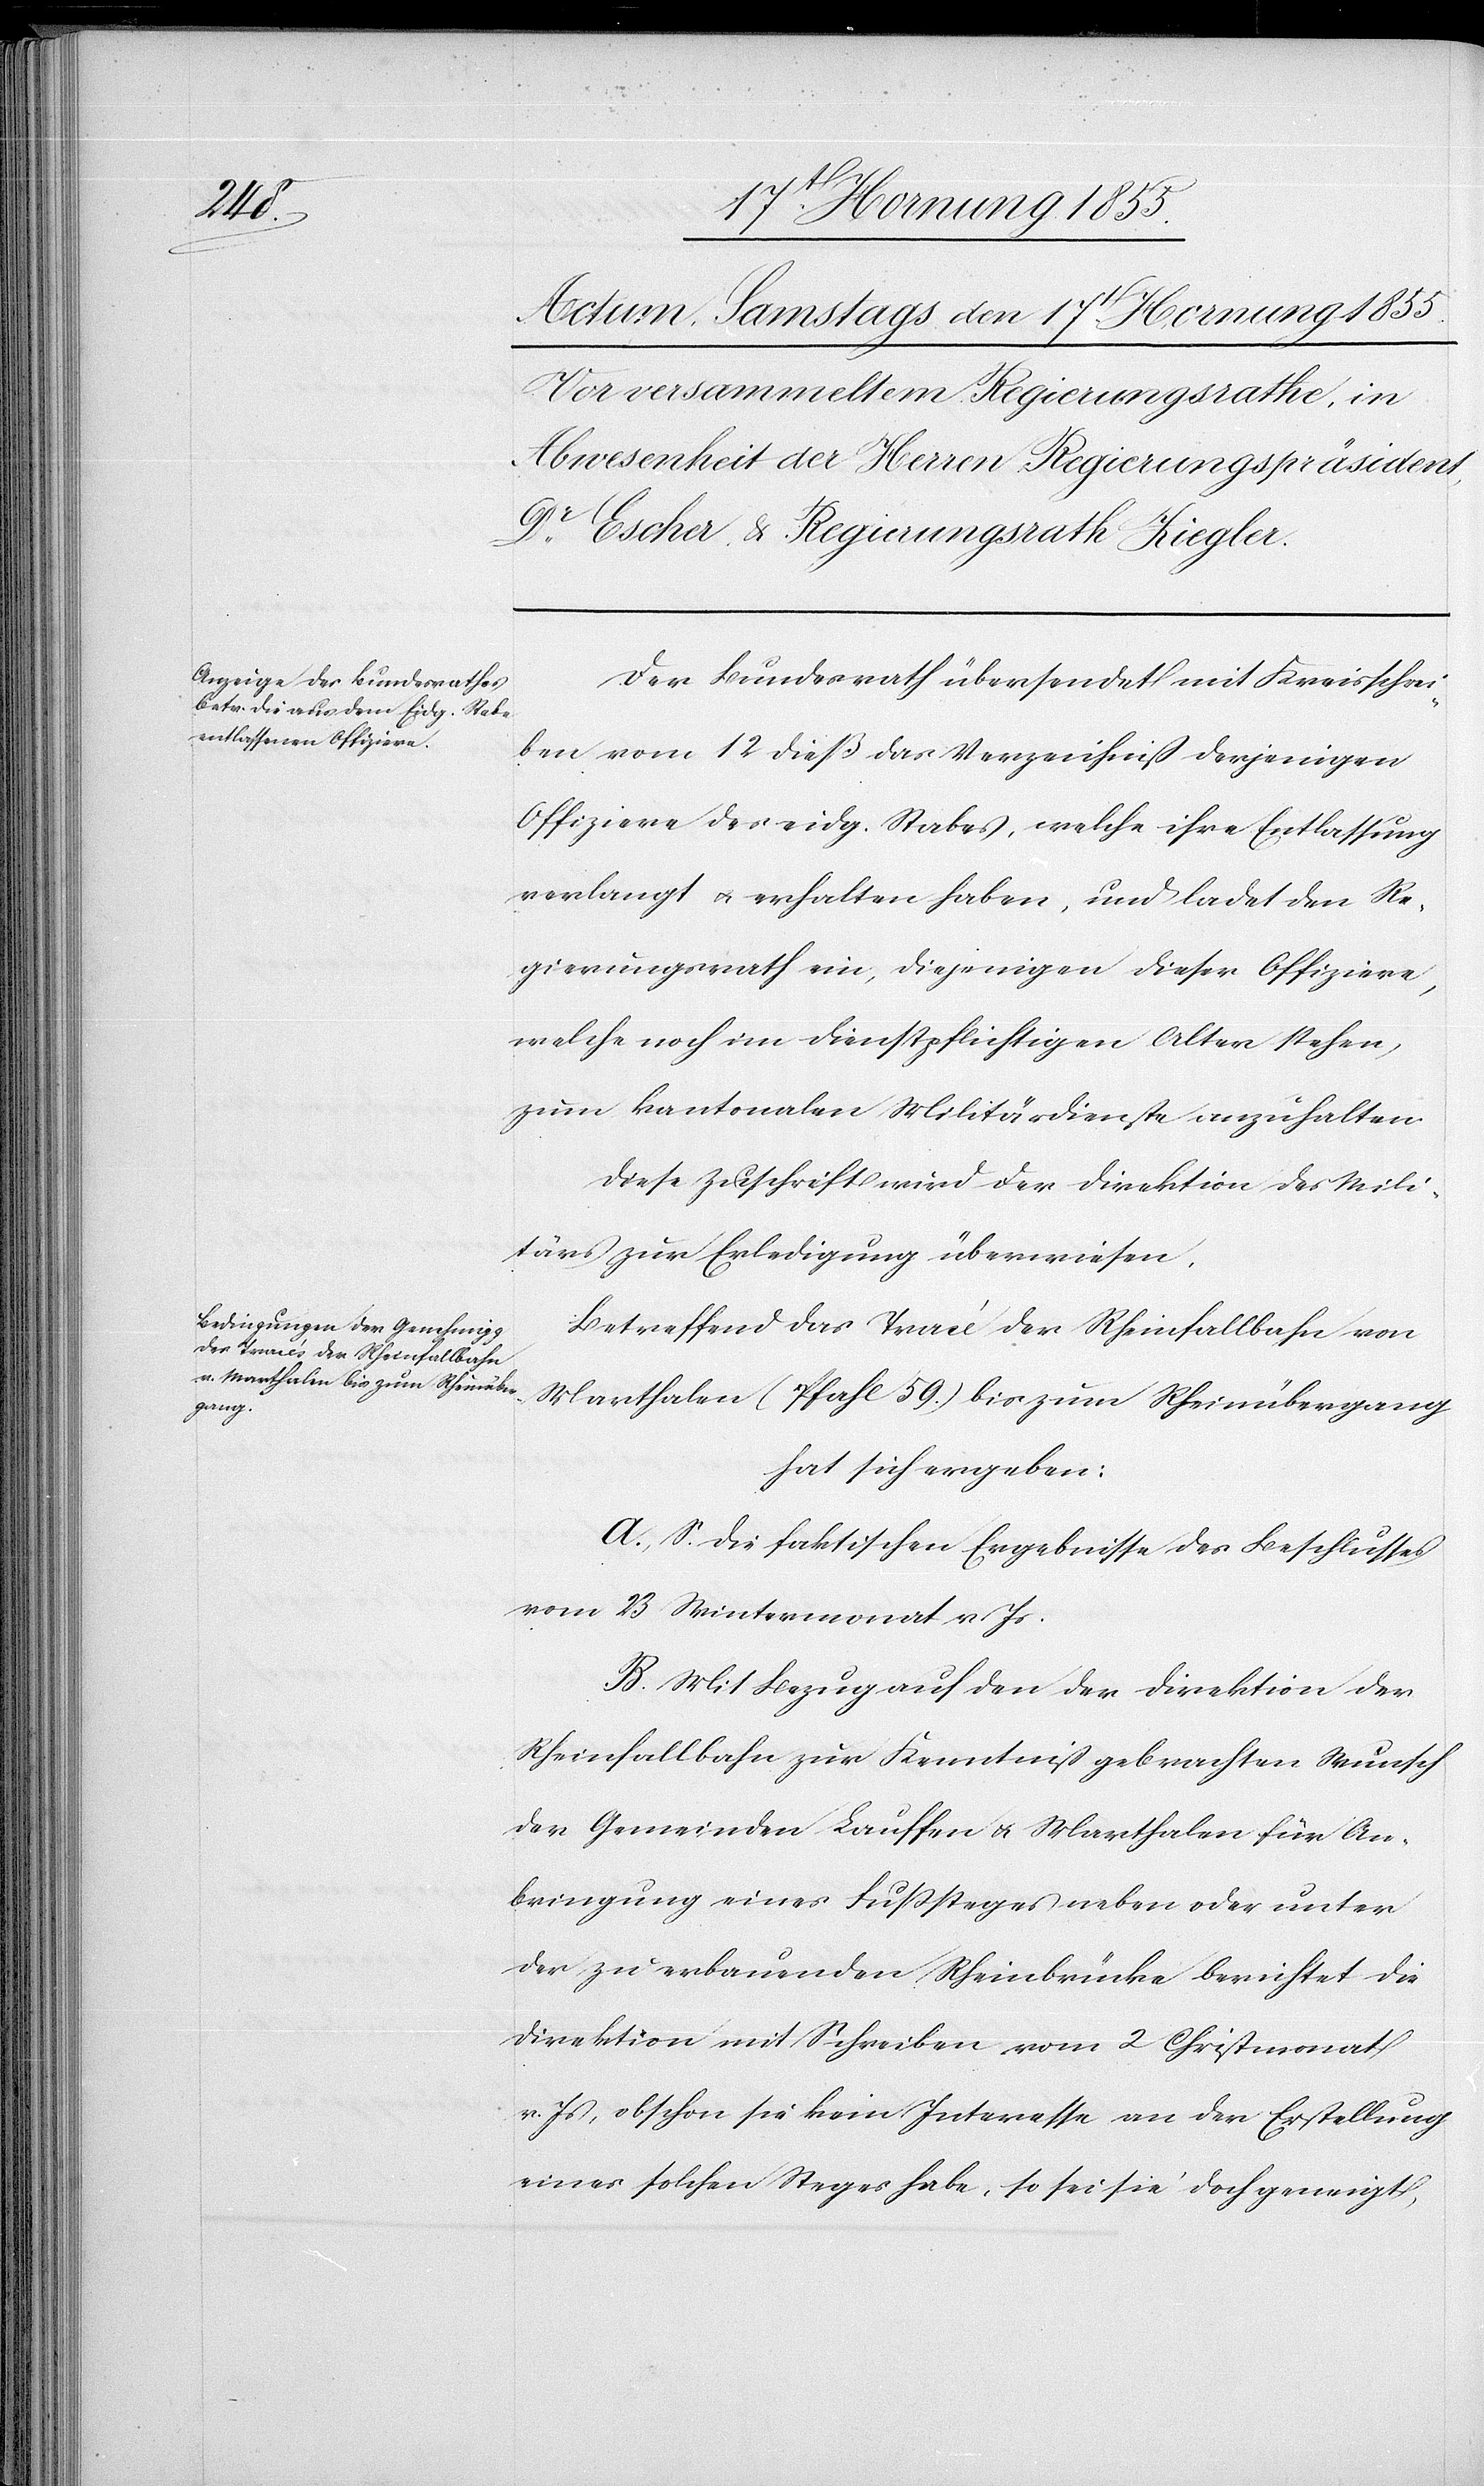
Der Bundesrath übersendet mit Kreisschrei¬
ben vom 12 dieß das Verzeichniss derjenigen
Offiziere des eidg. Stabes, welche ihre Entlassung
verlangt & erhalten haben, und ladet den Re¬
gierungsrath ein, diejenigen dieser Offiziere,
welche noch im dienstpflichtigen Alter stehen,
zum kantonalen Militärdienste anzuhalten.
Diese Zuschrift wird der Direktion des Mili¬
tärs zur Erledigung überwiesen.
Betreffend das Tracé der Rheinfallbahn von
Marthalen (Pfahl 59.) bis zum Rheinübergang
hat sich ergeben:
A., S. die faktischen Ergebnisse des Beschlusses
vom 23 Wintermonat v. Js.
B. Mit Bezug auf den der Direktion der
Rheinfallbahn zur Kenntniss gebrachten Wunsch
der Gemeinden Lauffen & Marthalen für An¬
bringung eines Fußsteges neben oder unter
der zu erbauenden Rheinbrücke berichtet die
Direktion mit Schreiben vom 2 Christmonat
v. Js, obschon sie kein Interesse an der Erstellung
eines solchen Steges habe, so sei sie doch geneigt,